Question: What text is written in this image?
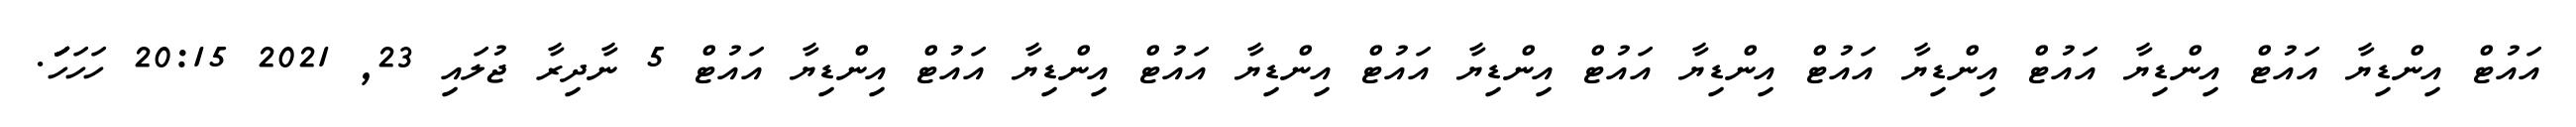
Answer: އައުޓް އިންޑިޔާ އައުޓް އިންޑިޔާ އައުޓް އިންޑިޔާ އައުޓް އިންޑިޔާ އައުޓް އިންޑިޔާ އައުޓް އިންޑިޔާ އައުޓް އިންޑިޔާ އައުޓް އިންޑިޔާ އައުޓް 5 ނާދިރާ ޖުލައި 23, 2021 20:15 ހަހަހަަަަަަަަަ.